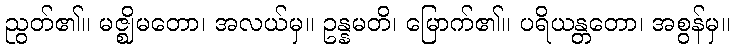
ညွတ်၏။ မဇ္ဈိမတော၊ အလယ်မှ။ ဥန္နမတိ၊ မြောက်၏။ ပရိယန္တတော၊ အစွန်မှ။